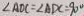
\angle A D C = \angle A D C = 9 0 ^ { \circ }